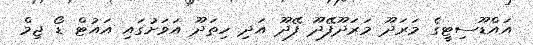
އައްޑޫސިޓީގެ މަރަދޫ މަރަދޫފޭދޫ ފޭދޫ އަދި ހިތަދޫ އަވަށުގައި އައުޓް ޑޯ ޖިމް